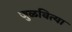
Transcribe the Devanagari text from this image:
जुळवित्या